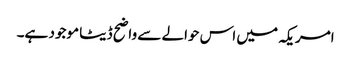
امریکہ میں اس حوالے سے واضح ڈیٹا موجود ہے۔